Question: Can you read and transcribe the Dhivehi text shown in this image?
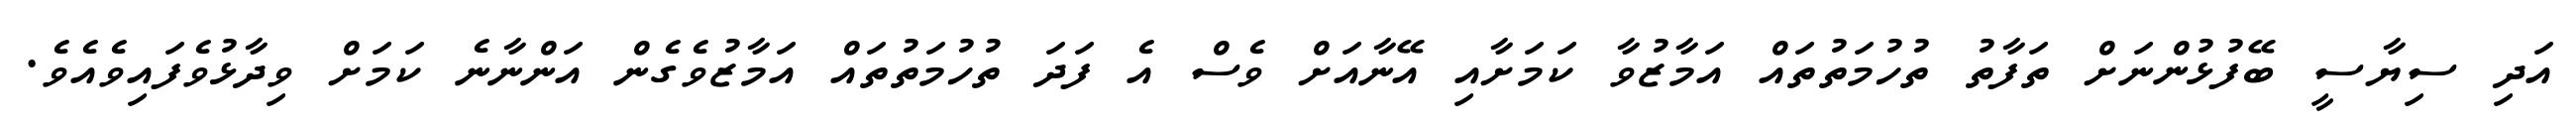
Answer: އަދި ސިޔާސީ ބޭފުޅުންނަށް ތަފާތު ތުހުމަތުތައް އަމާޒުވާ ކަމަށާއި އޭނާއަށް ވެސް އެ ފަދަ ތުހުމަތުތައް އަމާޒުވެގެން އަންނާނެ ކަމަށް ވިދާޅުވެފައިވެއެވެ.